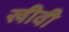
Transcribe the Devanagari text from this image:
खीवी